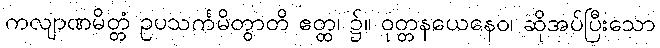
ကလျာဏမိတ္တံ ဥပသင်္ကမိတွာတိ ဧတ္ထ၊ ၌။ ဝုတ္တနယေနေဝ၊ ဆိုအပ်ပြီးသော